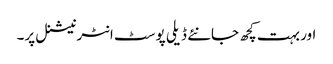
اور بہت کچھ جانئے ڈیلی پوسٹ انٹرنیشنل پر۔